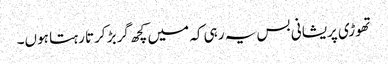
تھوڑی پریشانی بس یہ رہی کہ میں کچھ گربڑ کرتا رہتا ہوں۔